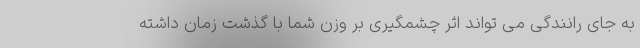
به جای رانندگی می تواند اثر چشمگیری بر وزن شما با گذشت زمان داشته